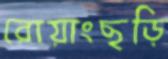
রোয়াংছড়ি